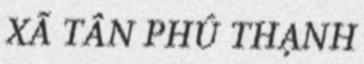
XÃ TÂN PHÚ THẠNH